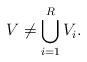
LaTeX: \begin{align*}V \neq \bigcup_{i=1}^{R} V_i.\end{align*}